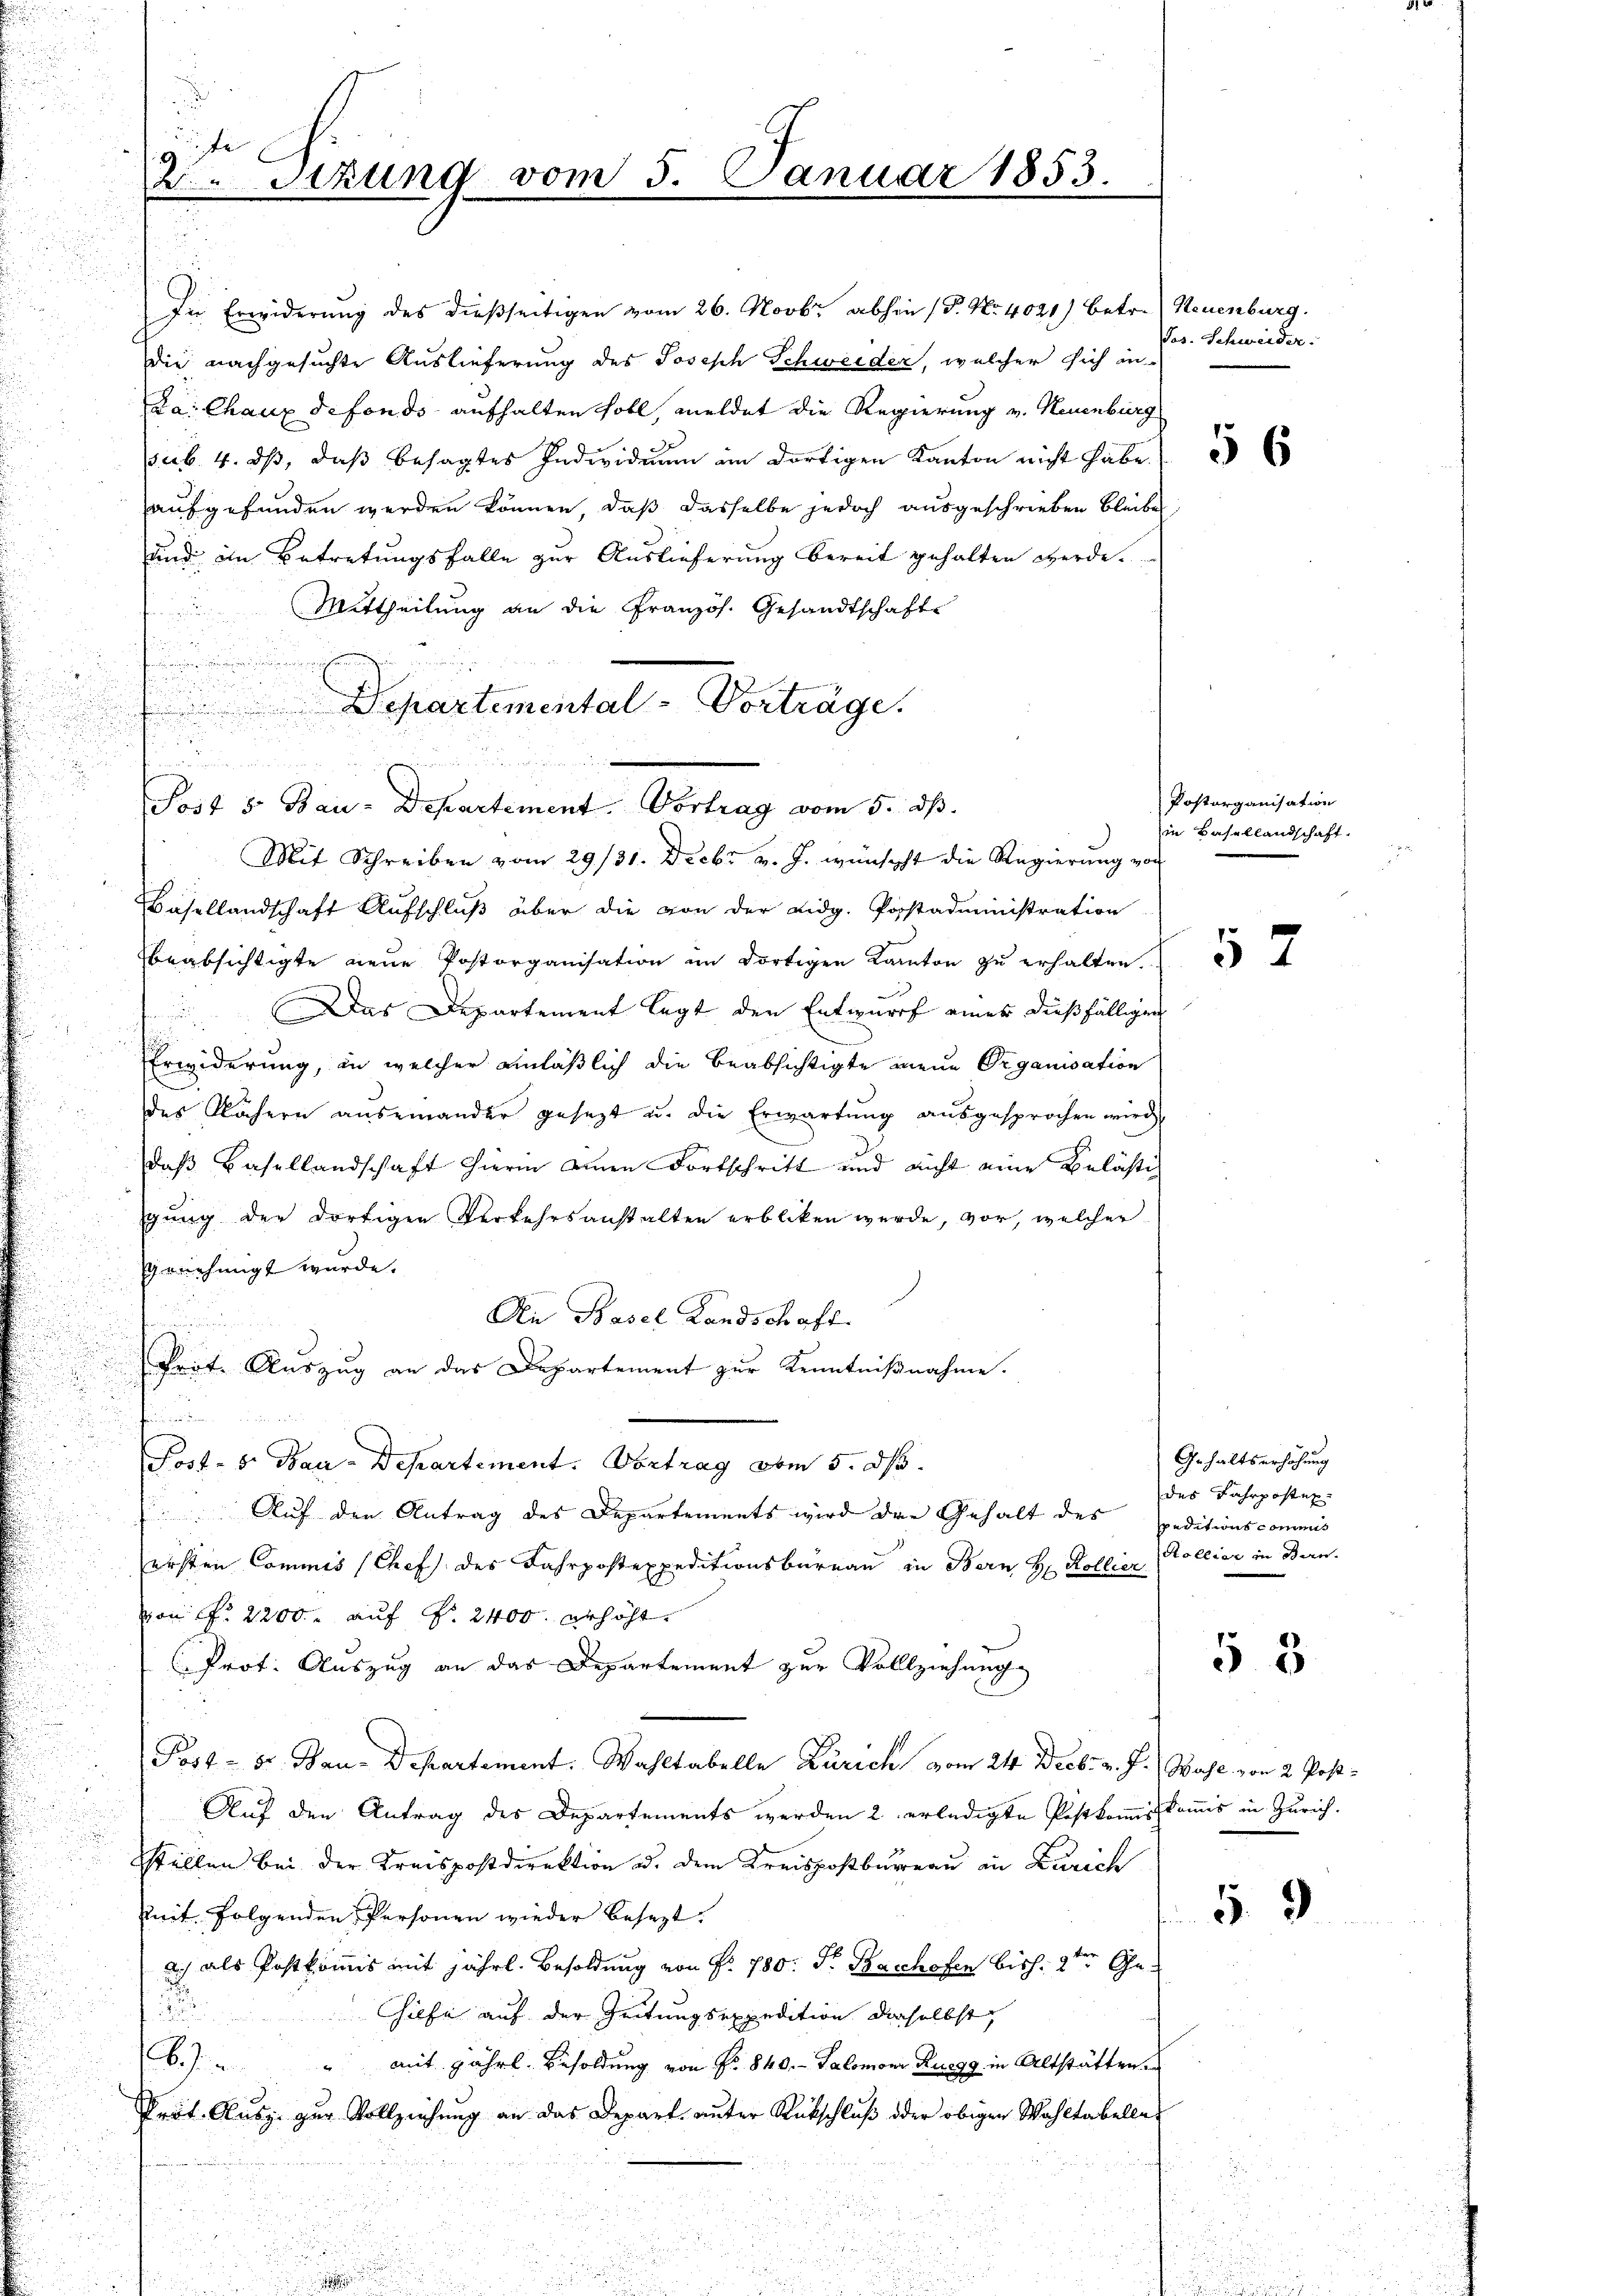
die nachgesuchte Auslieferung des Joseph Schweider, welcher sich in
Da: Chaux defondo aufhalten soll, meldet die Regierung v. Neuenburg
sub. 4. ds, daß besagtes Individuum im dortigen Kanton nicht habe.
aufgefunden werden können, daß dasselbe jedoch ausgeschrieben bleibe
und im Betretungsfalle zur Auslieferung bereit gehalten werde.
Mittheilung an die Französ. Gesandtschafte
.
b

.

Departemental-Vorträge.
n
u
Bei der gegen den in in wird mit dem ich die in
Post 5 Bau-Departement. Vortrag vom 5. dß.
Mit Schreiben vom 29./31. Decbr v. J. wünscht die Regierung von
Basellandschaft Aufschluß über die von der Lidg. Porstadministration
beabsichtigte neue Pastorganisation im dortigen Kanton zu erhalten.
Das Departement legt den Entwurf einer dießfälligen

Erwiderung, in welcher einläßlich die beabsichtigte mein Organisation
des Nähern auseinander gesezt u. die Erwartŭng aŭsgesprochen wird
daß Basellandschaft hierin einen Fortschritt und nicht eine Belästig
gung der dortigen Verkehrsanstalten erbliken wurde, vor, welcher
genehmigt wurde.
An Basel Landschaft.
kerte Auszug an das Departement zur Kenntnißnahme.

Post- 5. Bau-Departement. Vortrag vom 5. dh.
Auf den Antrag des Departements wird der Gehalt des speditionscommis
ersten Commis (Chef der Fahrpostexpeditionsbüreau in Bern H. Kollier
von f. 2200. auf §. 2400 erhöht
(Prot. Auszug an das Departement zur Vollziehung
Post - 8. Bau-Departement. Wahltabelle Zürich vom 24. Decbr. v. J.) Wahl von 2 Post¬
Auf den Antrag des Departements werden 2 erledigte Postkommisskomis in Zürich.
stellen bei der Kreispostdirektion a. dem Kreispostbureau in Zürich
Zeit folgenden Personen wieder besezt.
ich als Postkommis mit jährl. Besoldung von Fr. 780. Fr. Bachofen bish. 2ten Ge¬
Ciefe auf der Zeitungsexpedition dieselbst
8
mit jährl. Besoldung von Nr. 840. - Salomon Ruegg in Altstätten
4
Prot. Ausg. zur Vollziehung an das Depart unter Rükschluß oder obigen Wahltabelle

2Stzung vom 5. Januar 1853

In Erwiderung des dießseitigen vom 26. Novbr. abhin (P. Nr. 4021) betr. Neuenburg.

Jos. Schweider.

56

Posterganisation
in Basellandschaft.

Gehaltserhöhung
des Fahrposten
Kollier in Ban

§ 5

5. 9